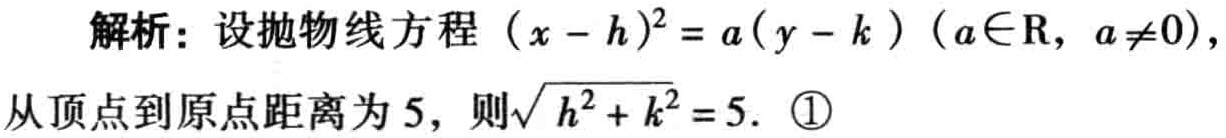
解析：设抛物线方程\((x - h)^2 = a(y - k)\)（\(a\in\mathbb{R}\)，\(a\neq0\)），
从顶点到原点距离为\(5\)，则\(\sqrt{h^{2}+k^{2}} = 5\). \textcircled{1}